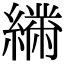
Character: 𦅧